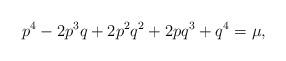
LaTeX: \begin{align*}p^{4}-2p^{3}q+2p^{2}q^{2}+2pq^{3}+q^{4}=\mu,\end{align*}